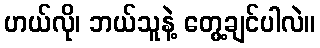
ဟယ်လို၊ ဘယ်သူနဲ့ တွေ့ချင်ပါလဲ။